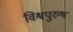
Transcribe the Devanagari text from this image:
विश्वपुरुष